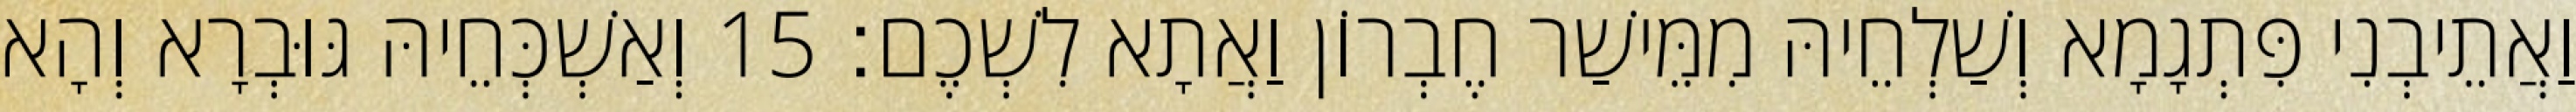
וַאֲתֵיבְנִי פִּתְגָמָא וְשַׁלְחֵיהּ מִמֵּישַׁר חֶבְרוֹן וַאֲתָא לִשְׁכֶם׃ 15 וְאַשְׁכְּחֵיהּ גּוּבְרָא וְהָא